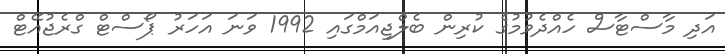
އަދި މާސްޓާސް ހެއްދެވުމުގެ ކުރިން ބެލްޖިއަމްގައި 1992 ވަނަ އަހަރު ޕޯސްޓް ގްރެޖުއޭޓް